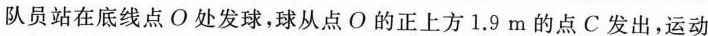
队员站在底线点O处发球，球从点O的正上方1.9 m的点C发出，运动